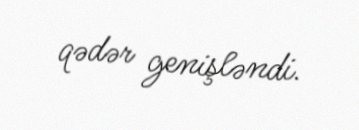
qədər genişləndi.